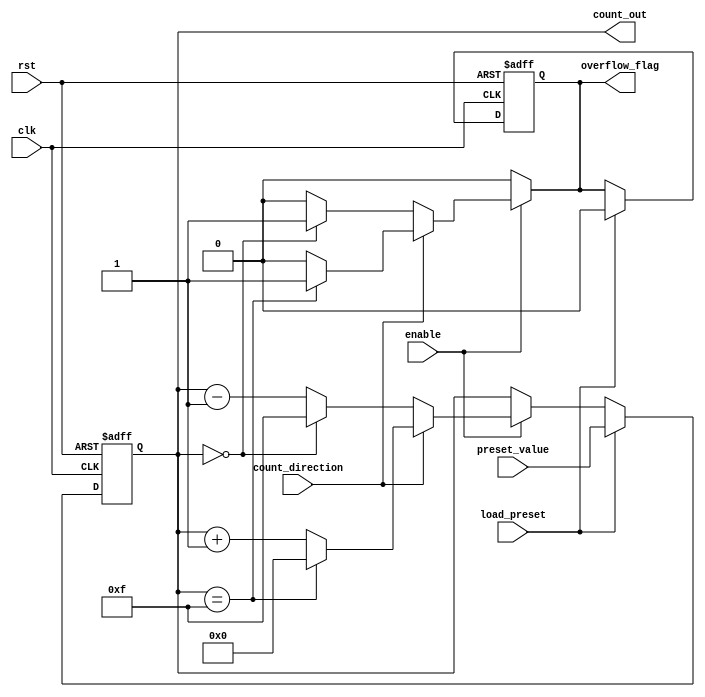
module MultiBitCounter #(
    parameter BIT_WIDTH = 4 // Define the bit width of the counter
)(
    input wire clk,               // Clock signal
    input wire rst,               // Asynchronous reset signal
    input wire enable,            // Enable signal for counting
    input wire count_direction,    // Count direction: 1 for up, 0 for down
    input wire [BIT_WIDTH-1:0] preset_value, // Preset value to load into the counter
    input wire load_preset,       // Load preset value signal
    output reg [BIT_WIDTH-1:0] count_out, // Current count output
    output reg overflow_flag       // Overflow flag
);

    // Internal signal to hold next state of the counter
    reg [BIT_WIDTH-1:0] next_count;

    // Asynchronous reset and load preset value
    always @(posedge clk or posedge rst) begin
        if (rst) begin
            count_out <= 0;             // Reset counter to 0
            overflow_flag <= 0;         // Clear overflow flag
        end else if (load_preset) begin
            count_out <= preset_value;  // Load preset value
            overflow_flag <= 0;         // Clear overflow flag
        end else if (enable) begin
            count_out <= next_count;    // Update counter value
        end
    end

    // Combinational logic to determine next count value
    always @(*) begin
        if (enable) begin
            if (count_direction) begin // Up counting
                if (count_out == (1 << BIT_WIDTH) - 1) begin
                    next_count = 0;     // Roll over to 0
                    overflow_flag = 1;  // Set overflow flag
                end else begin
                    next_count = count_out + 1; // Increment
                    overflow_flag = 0; // No overflow
                end
            end else begin // Down counting
                if (count_out == 0) begin
                    next_count = (1 << BIT_WIDTH) - 1; // Roll over to max value
                    overflow_flag = 1; // Set overflow flag
                end else begin
                    next_count = count_out - 1; // Decrement
                    overflow_flag = 0; // No overflow
                end
            end
        end else begin
            next_count = count_out; // Hold current count if not enabled
            overflow_flag = 0; // No overflow
        end
    end

endmodule